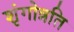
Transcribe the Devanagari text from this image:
शृंगोन्नति